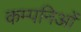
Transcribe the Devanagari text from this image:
कम्पनिओं